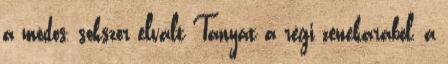
a módos, sokszor elvált Tanyát a régi zenekarából, a